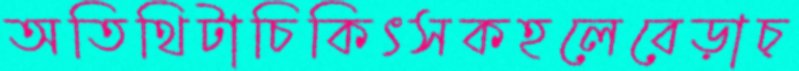
অতিথিটাচিকিৎসকহলেবেড়াচ্